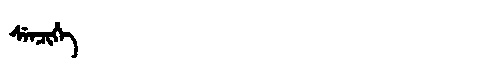
Manchu: ᠰᡝᠨᠴᡳᡥᡝ
Romanization: SENCIHE